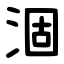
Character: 涸